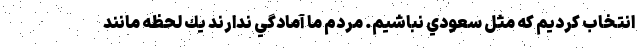
انتخاب كرديم كه مثل سعودي نباشيم. مردم ما آمادگي ندارند يك لحظه مانند